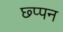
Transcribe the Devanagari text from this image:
छ्प्पन